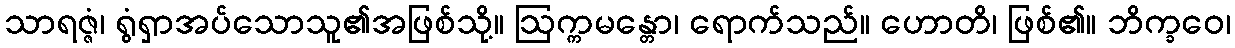
သာရဇ္ဇံ၊ ရွံရှာအပ်သောသူ၏အဖြစ်သို့။ ဩက္ကမန္တော၊ ရောက်သည်။ ဟောတိ၊ ဖြစ်၏။ ဘိက္ခဝေ၊